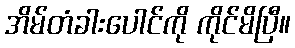
အိမ်တံခါးပေါင်ကို ကိုင်မိပြီ။